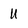
Character: U